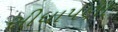
સીધાપણા